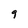
Character: 9